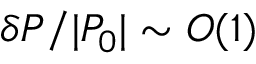
\delta P / | P _ { 0 } | \sim O ( 1 )